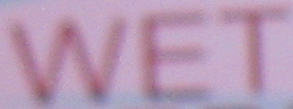
WET